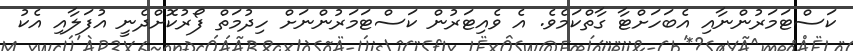
ކަސްޓަމަރުންނާއި އެބަހަށްޓާ ގާތްކަމެވެ. އެ ވެއިޓަރުން ކަސްޓަމަރުންނަށް ހިދުމަތް ފޯރުކޮށްދެނީ އުފަލާއި އެކު